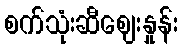
စက်သုံးဆီဈေးနှုန်း